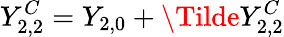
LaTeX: Y_{2,2}^{C}=Y_{2,0}+\Tilde{Y}_{2,2}^{C}